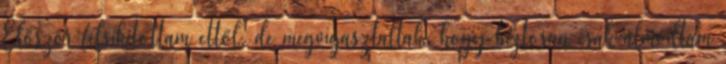
Először felsikítottam ettől, de megvigasztaltak, hogy biztosan csak álmodtam